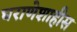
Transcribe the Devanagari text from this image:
घराणेशाहीस